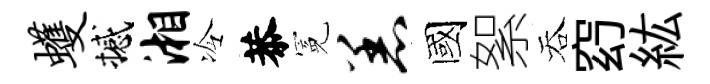
蠖撼湘冷恭冕恙國絮吞𥥆紘